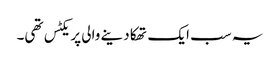
یہ سب ایک تھکا دینے والی پریکٹس تھی۔